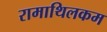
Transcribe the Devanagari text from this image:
रामाथिलकम